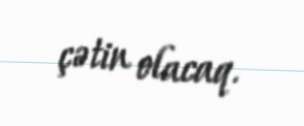
çətin olacaq.